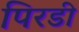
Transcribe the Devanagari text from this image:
पिरडी